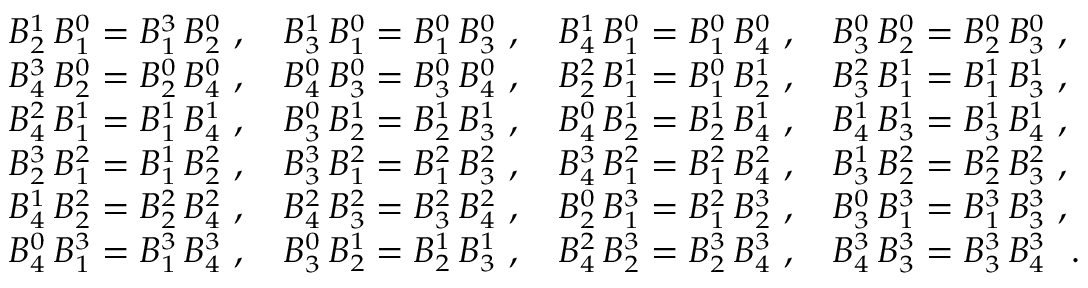
{ \small \begin{array} { l l l l } { B _ { 2 } ^ { 1 } \, B _ { 1 } ^ { 0 } = B _ { 1 } ^ { 3 } \, B _ { 2 } ^ { 0 } \ , } & { B _ { 3 } ^ { 1 } \, B _ { 1 } ^ { 0 } = B _ { 1 } ^ { 0 } \, B _ { 3 } ^ { 0 } \ , } & { B _ { 4 } ^ { 1 } \, B _ { 1 } ^ { 0 } = B _ { 1 } ^ { 0 } \, B _ { 4 } ^ { 0 } \ , } & { B _ { 3 } ^ { 0 } \, B _ { 2 } ^ { 0 } = B _ { 2 } ^ { 0 } \, B _ { 3 } ^ { 0 } \ , } \\ { B _ { 4 } ^ { 3 } \, B _ { 2 } ^ { 0 } = B _ { 2 } ^ { 0 } \, B _ { 4 } ^ { 0 } \ , } & { B _ { 4 } ^ { 0 } \, B _ { 3 } ^ { 0 } = B _ { 3 } ^ { 0 } \, B _ { 4 } ^ { 0 } \ , } & { B _ { 2 } ^ { 2 } \, B _ { 1 } ^ { 1 } = B _ { 1 } ^ { 0 } \, B _ { 2 } ^ { 1 } \ , } & { B _ { 3 } ^ { 2 } \, B _ { 1 } ^ { 1 } = B _ { 1 } ^ { 1 } \, B _ { 3 } ^ { 1 } \ , } \\ { B _ { 4 } ^ { 2 } \, B _ { 1 } ^ { 1 } = B _ { 1 } ^ { 1 } \, B _ { 4 } ^ { 1 } \ , } & { B _ { 3 } ^ { 0 } \, B _ { 2 } ^ { 1 } = B _ { 2 } ^ { 1 } \, B _ { 3 } ^ { 1 } \ , } & { B _ { 4 } ^ { 0 } \, B _ { 2 } ^ { 1 } = B _ { 2 } ^ { 1 } \, B _ { 4 } ^ { 1 } \ , } & { B _ { 4 } ^ { 1 } \, B _ { 3 } ^ { 1 } = B _ { 3 } ^ { 1 } \, B _ { 4 } ^ { 1 } \ , } \\ { B _ { 2 } ^ { 3 } \, B _ { 1 } ^ { 2 } = B _ { 1 } ^ { 1 } \, B _ { 2 } ^ { 2 } \ , } & { B _ { 3 } ^ { 3 } \, B _ { 1 } ^ { 2 } = B _ { 1 } ^ { 2 } \, B _ { 3 } ^ { 2 } \ , } & { B _ { 4 } ^ { 3 } \, B _ { 1 } ^ { 2 } = B _ { 1 } ^ { 2 } \, B _ { 4 } ^ { 2 } \ , } & { B _ { 3 } ^ { 1 } \, B _ { 2 } ^ { 2 } = B _ { 2 } ^ { 2 } \, B _ { 3 } ^ { 2 } \ , } \\ { B _ { 4 } ^ { 1 } \, B _ { 2 } ^ { 2 } = B _ { 2 } ^ { 2 } \, B _ { 4 } ^ { 2 } \ , } & { B _ { 4 } ^ { 2 } \, B _ { 3 } ^ { 2 } = B _ { 3 } ^ { 2 } \, B _ { 4 } ^ { 2 } \ , } & { B _ { 2 } ^ { 0 } \, B _ { 1 } ^ { 3 } = B _ { 1 } ^ { 2 } \, B _ { 2 } ^ { 3 } \ , } & { B _ { 3 } ^ { 0 } \, B _ { 1 } ^ { 3 } = B _ { 1 } ^ { 3 } \, B _ { 3 } ^ { 3 } \ , } \\ { B _ { 4 } ^ { 0 } \, B _ { 1 } ^ { 3 } = B _ { 1 } ^ { 3 } \, B _ { 4 } ^ { 3 } \ , } & { B _ { 3 } ^ { 0 } \, B _ { 2 } ^ { 1 } = B _ { 2 } ^ { 1 } \, B _ { 3 } ^ { 1 } \ , } & { B _ { 4 } ^ { 2 } \, B _ { 2 } ^ { 3 } = B _ { 2 } ^ { 3 } \, B _ { 4 } ^ { 3 } \ , } & { B _ { 4 } ^ { 3 } \, B _ { 3 } ^ { 3 } = B _ { 3 } ^ { 3 } \, B _ { 4 } ^ { 3 } \ \ . } \end{array} } \normalsize